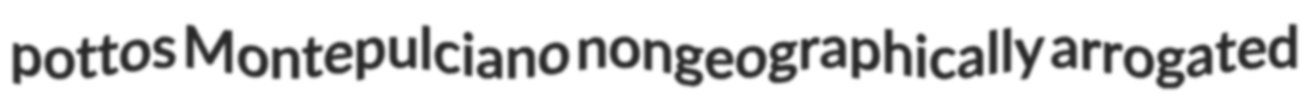
pottos Montepulciano nongeographically arrogated